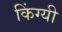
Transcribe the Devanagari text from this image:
किंग्यी